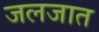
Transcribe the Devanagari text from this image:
जलजात